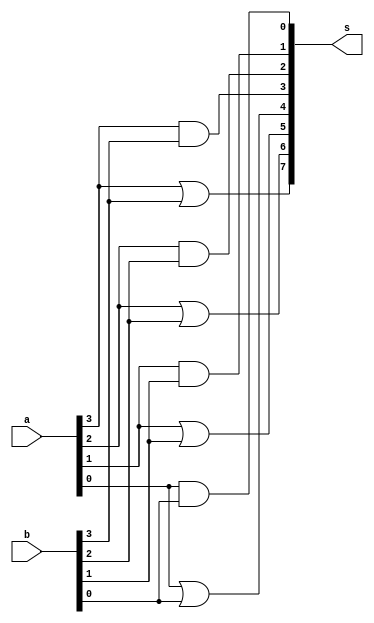
// -------------------------
// Exemplo0031 - F4 
// Nome: Afonso Spinelli
// ------------------------- 
 
// ------------------------- 
//  f4_gate 
// ------------------------- 
module f4 (output [7:0] s,
           input  [3:0] a,
           input  [3:0] b);
 
   // descricao das portas AND
   assign s[3] = a[3] & b[3];
   assign s[2] = a[2] & b[2];
   assign s[1] = a[1] & b[1];
   assign s[0] = a[0] & b[0];
   
   // descricao das portas OR
   assign s[7] = a[3] | b[3];
   assign s[6] = a[2] | b[2];
   assign s[5] = a[1] | b[1];
   assign s[4] = a[0] | b[0];
 
endmodule // f4 
 
module test_f4; 
// ------------------------- definir dados 
       reg  [3:0] x; 
       reg  [3:0] y; 
       wire [7:0] z;
 
       f4 modulo (z, x, y); 
 
// ------------------------- parte principal 
 
   initial begin 
      $display("Exemplo0031 - Afonso Spinelli - 266304");
      $display("Test LU's module");
 
      x = 4'b0011;       y = 4'b0101;
      
    // projetar testes do modulo
   #1 $monitor("%3b & %3b = %3b \n%3b | %3b = %3b \n",x,y,z[3:0],x,y,z[7:4]);
   #2 x = 4'b1010;	y = 4'b1111;
   #3 x = 4'b1010;	y = 4'b0111;
 
   end 
 
endmodule // test_f4